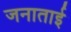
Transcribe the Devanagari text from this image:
जनाताई